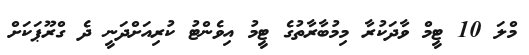
މްލަ 10 ޓީމް ވާދަކުރާ މިމުބާރާތުގެ ޓީމު އިވެންޓު ކުރިއަށްދަނީ ދެ ގްރޫޕަކަށް